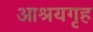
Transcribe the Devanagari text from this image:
आश्रयगृह